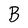
Character: B